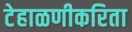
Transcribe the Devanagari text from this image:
टेहाळणीकरिता